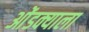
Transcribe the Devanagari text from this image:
ओंडक्याला